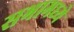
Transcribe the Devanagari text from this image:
सभामध्ये